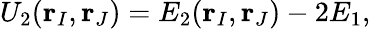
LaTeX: U_{2}(\mathbf{r}_{I},\mathbf{r}_{J})=E_{2}(\mathbf{r}_{I},\mathbf{r}_{J})-2E_{1},